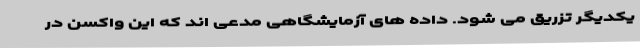
یکدیگر تزریق می شود. داده های آزمایشگاهی مدعی اند که این واکسن در